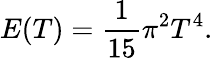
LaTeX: E(T)=\frac{1}{15}\pi^{2}T^{4}.